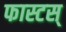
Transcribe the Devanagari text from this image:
फास्टस्